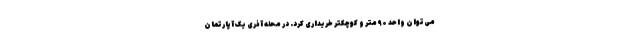
می‌توان واحد ۹۰ متر و کوچکتر خریداری کرد. در محله آذری یک آپارتمان